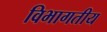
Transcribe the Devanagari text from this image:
विभागतीय